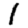
Digit: 1